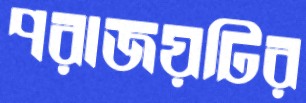
পরাজয়টির